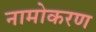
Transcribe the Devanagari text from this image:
नामोकरण